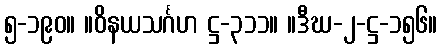
၅-၁၉၀။ ။ဝိနယသင်္ဂဟ ဋ္ဌ-၃၁၁။ ။ဒီဃ-၂-ဋ္ဌ-၁၅၆။